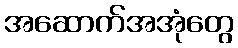
အဆောက်အအုံတွေ